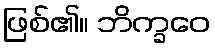
ဖြစ်၏။ ဘိက္ခဝေ